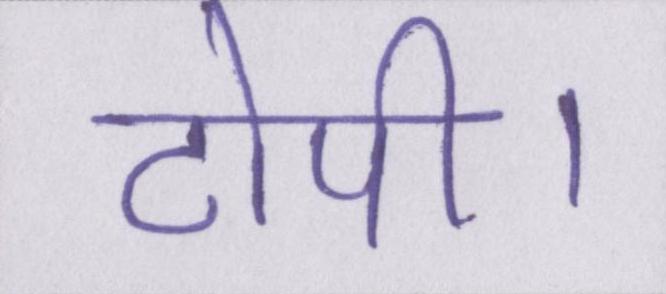
टोपी।